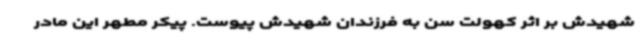
شهیدش بر اثر کهولت سن به فرزندان شهیدش پیوست. پیکر مطهر این مادر